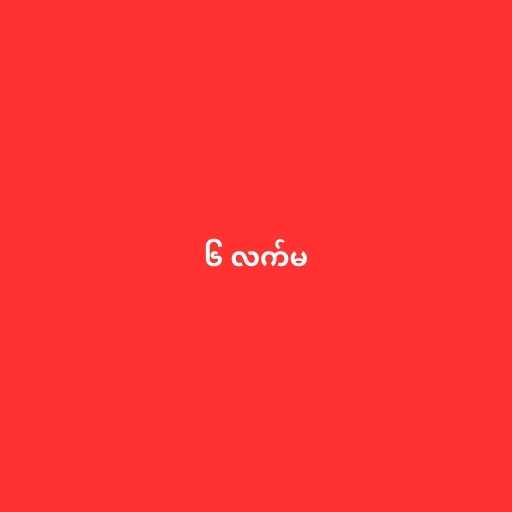
၆ လက်မ